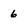
Character: 6